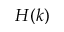
H ( k )